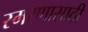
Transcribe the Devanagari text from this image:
स्मरणासाठी